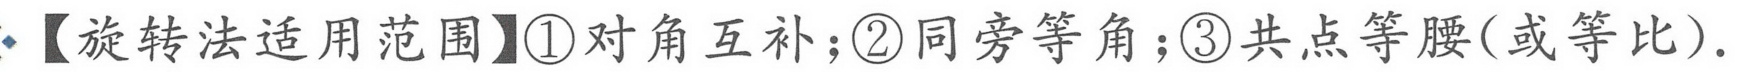
【旋转法适用范围】\textcircled{1}对角互补；\textcircled{2}同旁等角；\textcircled{3}共点等腰(或等比).